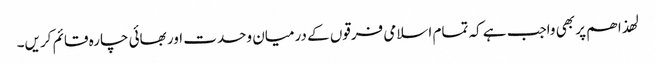
لھذا ھم پر بھی واجب ہے کہ تمام اسلامی فرقوں کے درمیان وحدت اور بھائی چارہ قائم کریں۔